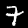
Label: 7